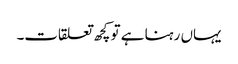
یہاں رہنا ہے تو کچھ تعلقات۔